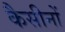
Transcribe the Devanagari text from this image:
कैसीनों